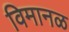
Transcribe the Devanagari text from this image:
विमानळ